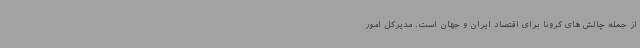
از جمله چالش های کرونا برای اقتصاد ایران و جهان است. مدیرکل امور